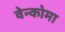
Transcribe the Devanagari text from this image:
वेन्कोमा